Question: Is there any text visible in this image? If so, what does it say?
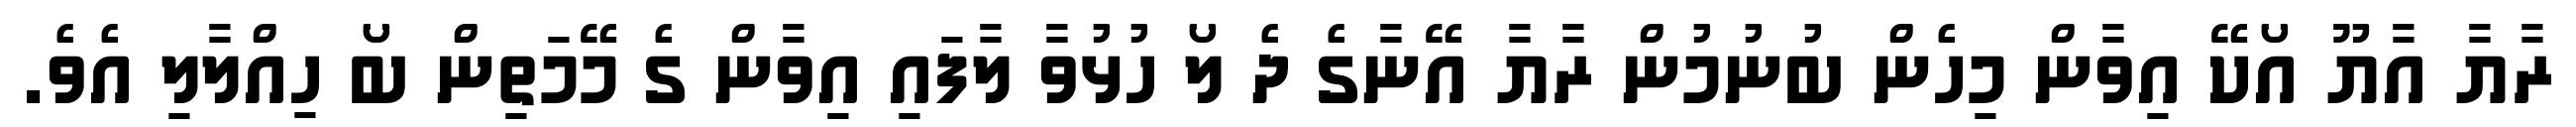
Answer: ރާޔާ އާޔޫ އޯކޭ އިވާން މިހެން ބުނުމުން ރާޔާ އޭނާގެ ދެ ލޯ ހުޅުވާ ލާފައި އިވާން ގެ މޭމަތިން ބޯ ހިއްލާލި އެވެ.